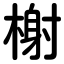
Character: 榭